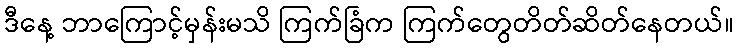
ဒီနေ့ ဘာကြောင့်မှန်းမသိ ကြက်ခြံက ကြက်တွေတိတ်ဆိတ်နေတယ်။